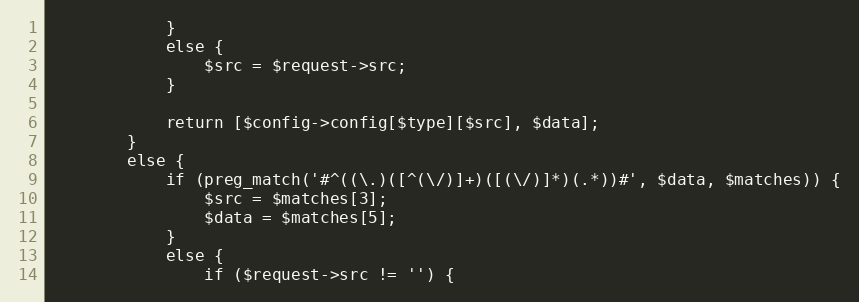
Language: PHP
            }
            else {
                $src = $request->src;
            }

            return [$config->config[$type][$src], $data];
        }
        else {
            if (preg_match('#^((\.)([^(\/)]+)([(\/)]*)(.*))#', $data, $matches)) {
                $src = $matches[3];
                $data = $matches[5];
            }
            else {
                if ($request->src != '') {